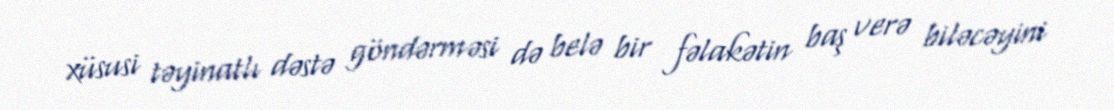
xüsusi təyinatlı dəstə göndərməsi də belə bir fəlakətin baş verə biləcəyini